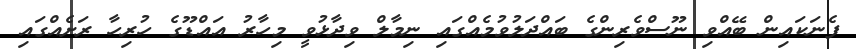
ފެނަކައިން ބޭއްވި ނޫސްވެރިންގެ ބައްދަލުވުމެއްގައި ނިމާލް ވިދާޅުވީ މިހާރު އައްޑޫގެ ހުރިހާ ރަށެއްގައި